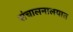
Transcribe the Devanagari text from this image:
संचालनालयात